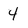
Character: 4